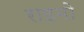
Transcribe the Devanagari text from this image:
राइमो